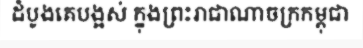
ដំបូងគេបង្អស់ ក្នុងព្រះរាជាណាចក្រកម្ពុជា